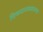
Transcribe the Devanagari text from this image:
चित्रपटव्यवसायाच्या